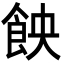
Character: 䬬